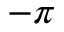
- \pi